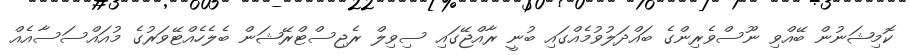
ކޮމިޝަނުން ބޭއްވި ނޫސްވެރިންގެ ބައްދަލުވުމެއްގައި ބުނީ ރާއްޖޭގައި ސިވިލް ރެޖިސްޓްރޭޝަން ބެލެހެއްޓޭވަރުގެ މުއައްސަސާއެއް